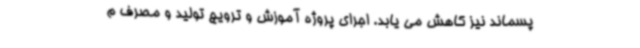
پسماند نیز کاهش می یابد. اجرای پروژه آموزش و ترویج تولید و مصرف م